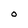
Character: O